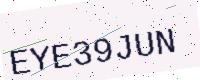
Text: EYE39JUN